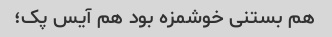
هم بستنی خوشمزه بود هم آیس پک؛